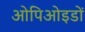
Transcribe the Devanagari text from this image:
ओपिओइडों